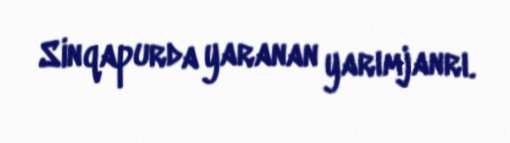
Sinqapurda yaranan yarımjanrı.